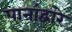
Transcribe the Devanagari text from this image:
पानांद्वारे